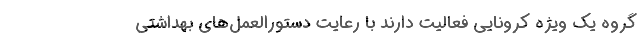
گروه یک ویژه کرونایی فعالیت دارند با رعایت دستورالعمل‌های بهداشتی